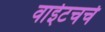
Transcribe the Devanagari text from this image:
वाईटचर्च